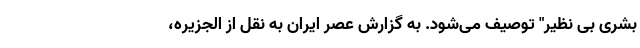
بشری بی نظیر" توصیف می‌شود. به گزارش عصر ایران به نقل از الجزیره،